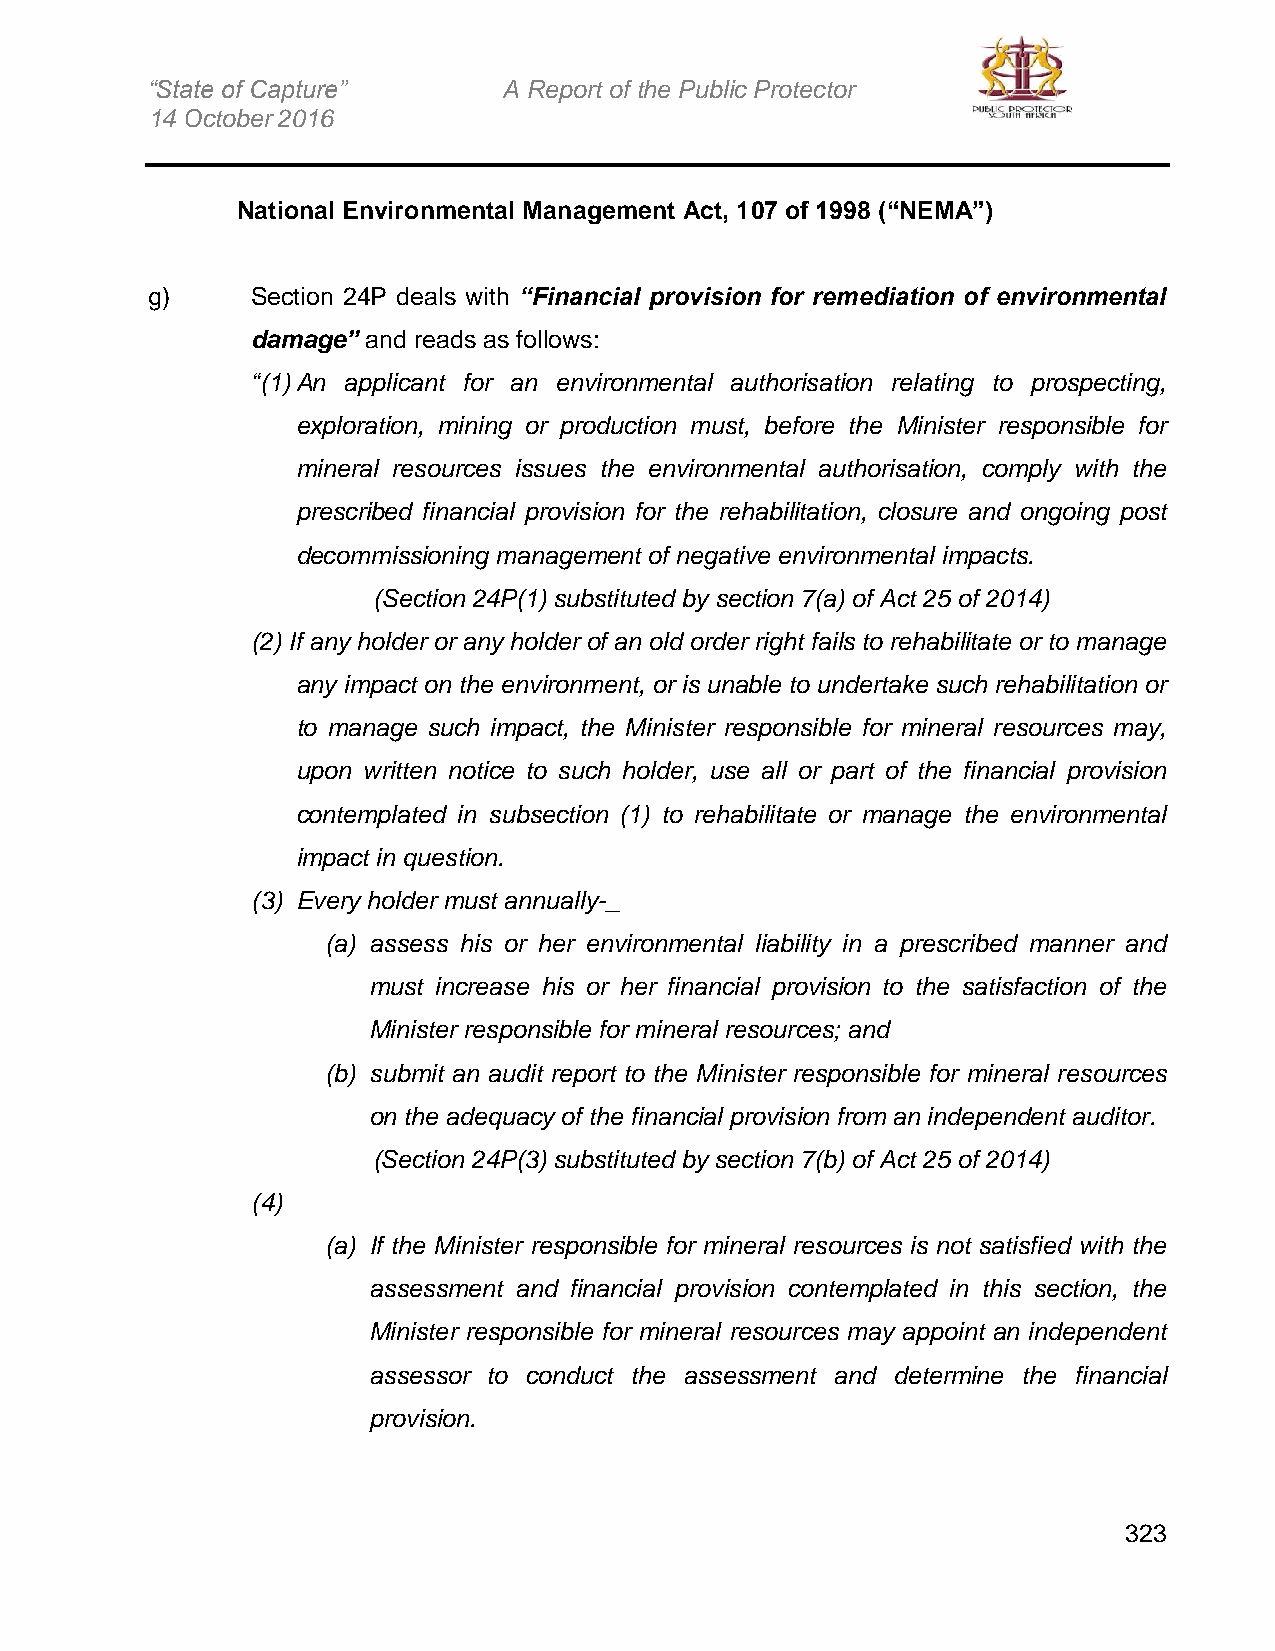
“State of Capture”     A Report of the Public Protector
 14 October 2016
 National Environmental Management Act, 107 of 1998 (“NEMA”)
 g)     Section 24P deals with “Financial provision for remediation of environmental
 damage” and reads as follows:
 “(1) An applicant for an environmental authorisation relating to prospecting,
 exploration, mining or production must, before the Minister responsible for
 mineral resources issues the environmental authorisation, comply with the
 prescribed financial provision for the rehabilitation, closure and ongoing post
 decommissioning management of negative environmental impacts.
 (Section 24P(1) substituted by section 7(a) of Act 25 of 2014)
 (2) If any holder or any holder of an old order right fails to rehabilitate or to manage
 any impact on the environment, or is unable to undertake such rehabilitation or
 to manage such impact, the Minister responsible for mineral resources may,
 upon written notice to such holder, use all or part of the financial provision
 contemplated in subsection (1) to rehabilitate or manage the environmental
 impact in question.
 (3) Every holder must annually-_
 (a) assess his or her environmental liability in a prescribed manner and
 must increase his or her financial provision to the satisfaction of the
 Minister responsible for mineral resources; and
 (b) submit an audit report to the Minister responsible for mineral resources
 on the adequacy of the financial provision from an independent auditor.
 (Section 24P(3) substituted by section 7(b) of Act 25 of 2014)
 (4)
 (a) If the Minister responsible for mineral resources is not satisfied with the
 assessment and financial provision contemplated in this section, the
 Minister responsible for mineral resources may appoint an independent
 assessor to conduct the assessment and determine the financial
 provision.
 323